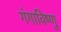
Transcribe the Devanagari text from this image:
गंगाविष्णु